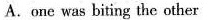
A.one was biting the other